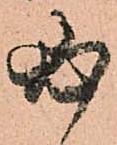
必